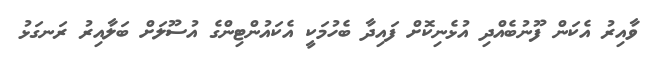
ވާއިރު އެކަން ފޫނުބެެއްދި އުޅެނިކޮށް ފައިދާ ބެހުމަކީ އެކައުންޓިންގެ އުސޫލަށް ބަލާއިރު ރަނގަޅު